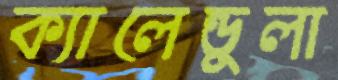
ক্যালেন্ডুলা